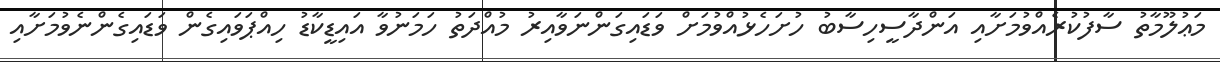
މަޢުލޫމާތު ސާފުކުރެއްވުމަށާއި އަންދާސީހިސާބު ހުށަހެޅުއްވުމަށް ވަޑައިގަންނަވާއިރު މުއްދަތު ހަމަނުވާ އައިޑީކާޑު ހިއްޕަވައިގެން ވަޑައިގެންނެވުމަށާއި